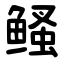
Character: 鳋